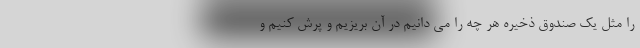
را مثل یک صندوق ذخیره هر چه را می دانیم در آن بریزیم و پرش کنیم و